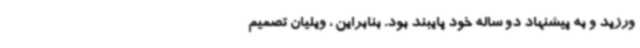
ورزید و به پیشنهاد دو ساله خود پایبند بود. بنابراین ، ویلیان تصمیم